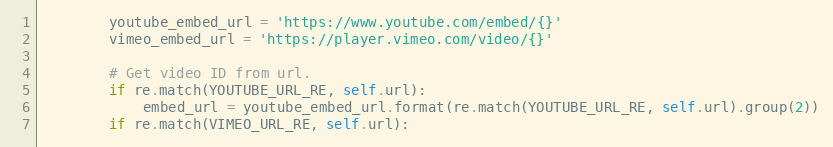
Language: Python
        youtube_embed_url = 'https://www.youtube.com/embed/{}'
        vimeo_embed_url = 'https://player.vimeo.com/video/{}'

        # Get video ID from url.
        if re.match(YOUTUBE_URL_RE, self.url):
            embed_url = youtube_embed_url.format(re.match(YOUTUBE_URL_RE, self.url).group(2))
        if re.match(VIMEO_URL_RE, self.url):